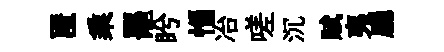
匿乘罷盻惱冶嗟沉賦夷廳